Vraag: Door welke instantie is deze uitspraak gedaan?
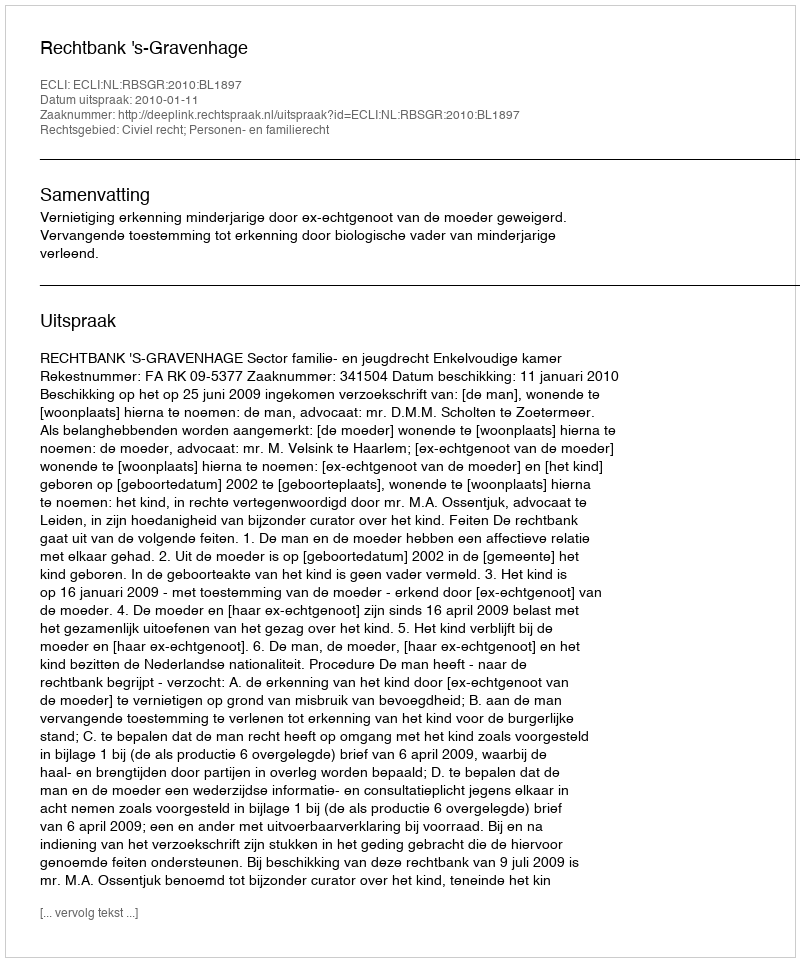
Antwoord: Rechtbank 's-Gravenhage